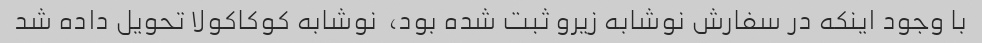
با وجود اینکه در سفارش نوشابه زیرو ثبت شده بود، ‌ نوشابه کوکاکولا تحویل داده شد